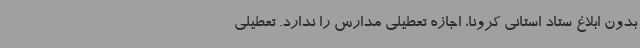
بدون ابلاغ ستاد استانی کرونا، اجازه تعطیلی مدارس را ندارد. تعطیلی